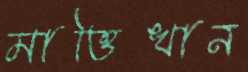
মাত্তিখান